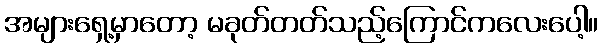
အများရှေ့မှာတော့ မခုတ်တတ်သည့်ကြောင်ကလေးပေါ့။